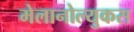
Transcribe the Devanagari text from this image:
मेलानोल्युकस